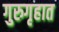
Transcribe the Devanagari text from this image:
गुरुगृहात